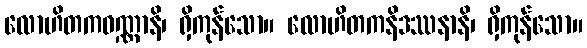
လောဟိတကဝဏ္ဏာနိ၊ ရှိကုန်သော။ လောဟိတကနိဒဿနာနိ၊ ရှိကုန်သော။